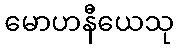
မောဟနီယေသု